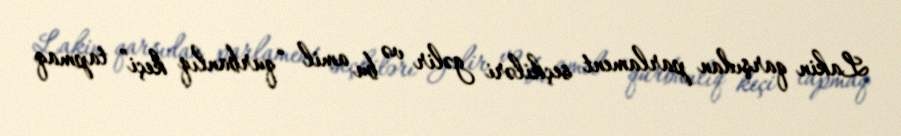
Lakin qarşıdan parlament seçkiləri gəlir və bu amil “qurbanlıq keçi” tapmaq